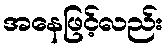
အနေဖြင့်လည်း